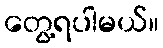
တွေ့ရပါမယ်။